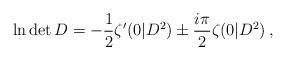
LaTeX: \begin{align*}\ln \det D=-\frac{1}{2}\zeta'(0|D^2)\pm\frac{i\pi}{2}\zeta(0|D^2)\,,\end{align*}